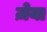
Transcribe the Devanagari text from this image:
ज़ेया